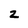
Character: z